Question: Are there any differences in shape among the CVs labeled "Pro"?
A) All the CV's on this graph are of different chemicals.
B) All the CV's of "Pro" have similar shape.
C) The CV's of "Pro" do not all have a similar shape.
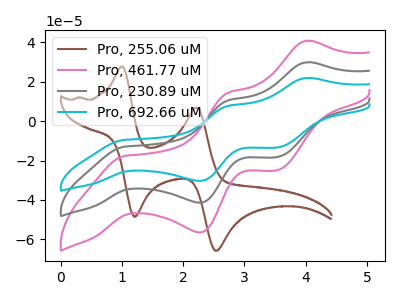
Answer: <think>The brown curve "Pro, 255.06 uM" has anodic peaks at (1.00V, 27.70uA) (2.20V, 6.95uA) and cathodic peaks at (1.20V, -48.55uA) (2.55V, -65.85uA). The pink curve "Pro, 461.77 uM" has anodic peaks at (4.00V, 40.80uA) (2.75V, 14.40uA) and cathodic peaks at (1.05V, -17.65uA) (2.25V, -56.50uA) (3.55V, -24.95uA). The gray curve "Pro, 230.89 uM" has anodic peaks at (4.00V, 29.90uA) (2.75V, 10.55uA) and cathodic peaks at (1.05V, -12.95uA) (2.25V, -41.40uA) (3.55V, -18.30uA). The cyan curve "Pro, 692.66 uM" has anodic peaks at (4.00V, 59.80uA) (2.75V, 21.10uA) and cathodic peaks at (1.05V, -25.85uA) (2.25V, -82.80uA) (3.55V, -36.60uA).
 "Pro, 255.06 uM" and "Pro, 461.77 uM" have a different number of peaks. "Pro, 255.06 uM" and "Pro, 230.89 uM" have a different number of peaks. "Pro, 255.06 uM" and "Pro, 692.66 uM" have a different number of peaks. All the peaks in "Pro, 461.77 uM" have a peak in "Pro, 230.89 uM" at the same potential. Every peak in "Pro, 461.77 uM" is higher than every peak in "Pro, 230.89 uM". All the peaks in "Pro, 461.77 uM" have a peak in "Pro, 692.66 uM" at the same potential. Every peak in "Pro, 461.77 uM" is lower than every peak in "Pro, 692.66 uM". All the peaks in "Pro, 230.89 uM" have a peak in "Pro, 692.66 uM" at the same potential. Every peak in "Pro, 230.89 uM" is lower than every peak in "Pro, 692.66 uM".</think>
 <answer>B) All the CV's of "Pro" have similar shape.</answer>
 <eval>B</eval>